Document type: Sale
Year: 1423
Scribe: Joan Franc
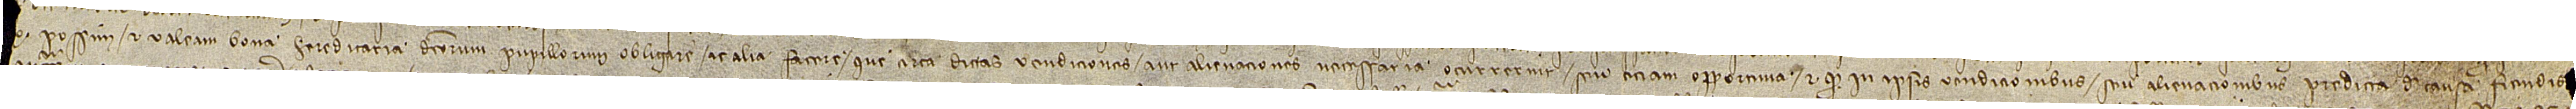
[...] possim et valeam bona hereditaria dictorum pupillorum obligare ac alia facere que circa dictas vendiciones aut alienaciones necessaria ocurreruit seu etiam opportuna; et quod in ipsis vendicionibus seu alienacionibus predicta de causa fiendis